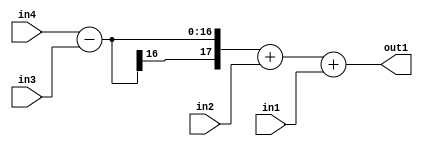
`timescale 1ps / 1ps
/*****************************************************************************
    Verilog RTL Description
    
    
    Created by: Stratus DpOpt 2019.1.01 
*******************************************************************************/

module st_weight_addr_gen_Add3u8u8Subu16u16_4_4 (
	in4,
	in3,
	in2,
	in1,
	out1
	); /* architecture "behavioural" */ 
input [15:0] in4,
	in3;
input [7:0] in2,
	in1;
output [17:0] out1;
wire [17:0] asc001;

wire [17:0] asc001_tmp_0;
wire [17:0] asc001_tmp_1;
assign asc001_tmp_1 = 
	+(in4)
	-(in3);
assign asc001_tmp_0 = asc001_tmp_1
	+(in2);
assign asc001 = asc001_tmp_0
	+(in1);

assign out1 = asc001;
endmodule

/* CADENCE  v7D2SAw= : u9/ySgnWtBlWxVPRXgAZ4Og= ** DO NOT EDIT THIS LINE ******/